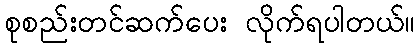
စုစည်းတင်ဆက်ပေး လိုက်ရပါတယ်။